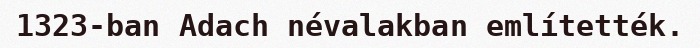
1323-ban Adach névalakban említették.